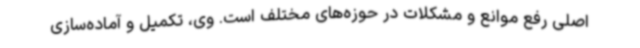
اصلی رفع موانع و مشکلات در حوزه‌های مختلف است. وی، تکمیل و آماده‌سازی